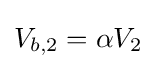
{\begin{aligned}V_{b,2}=\alpha V_{2}\end{aligned}}